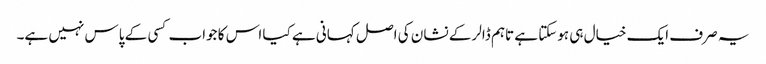
یہ صرف ایک خیال ہی ہوسکتا ہے تاہم ڈالر کے نشان کی اصل کہانی ہے کیا اس کا جواب کسی کے پاس نہیں ہے۔